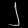
Digit: ၂